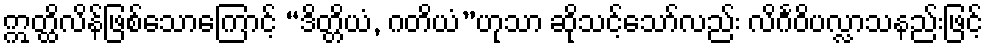
ဣတ္ထိလိန်ဖြစ်သောကြောင့် “ဒိတ္တိယံ, ဂတိယံ”ဟုသာ ဆိုသင့်သော်လည်း လိင်္ဂဝိပလ္လာသနည်းဖြင့်